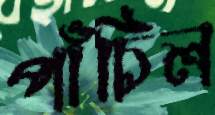
পাঁচিল